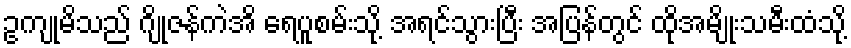
ဥကျုမိသည် ဂျိုဇန်ကဲအိ ရေပူစမ်းသို့ အရင်သွားပြီး အပြန်တွင် ထိုအမျိုးသမီးထံသို့